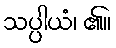
သပ္ပါယံ၊ ၏။